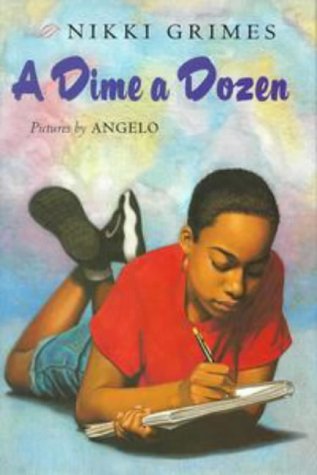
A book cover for A Dime a Dozen; Nikki Grimes; Teen & Young Adult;